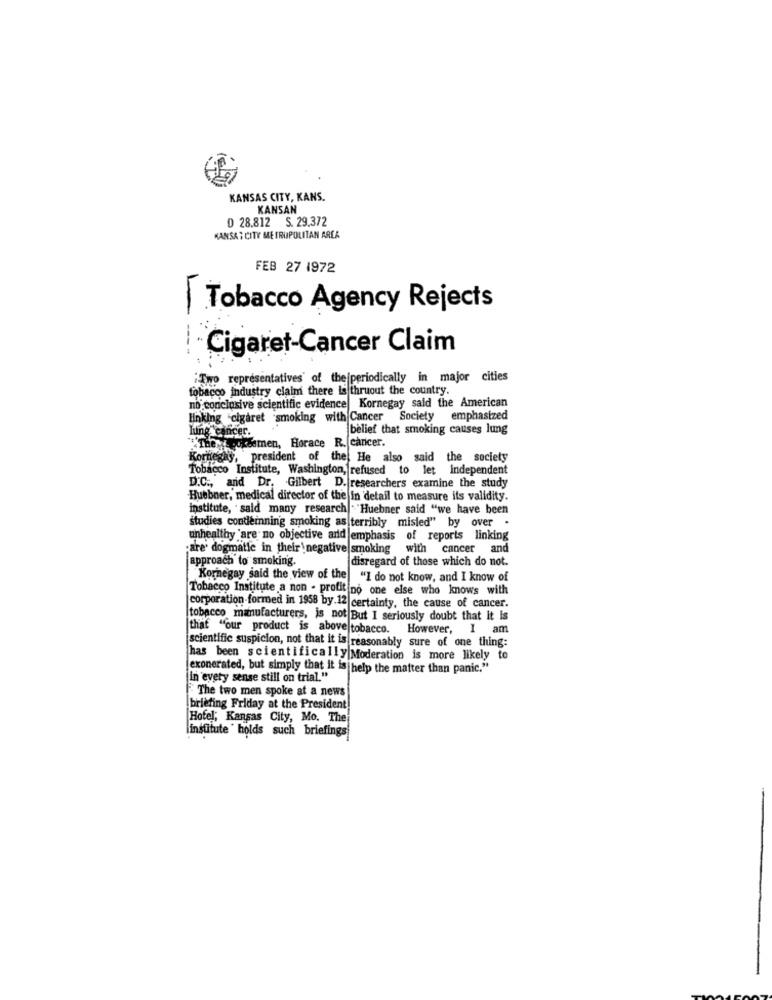
KANSAS CITY, KANS.
KANSAN
D 28.812 S. 29.372
KANSAS CITY ME FRUPOLITAN AREA
FEB 27 1972
Tobacco Agency Rejects
Cigaret-Cancer Claim
"Two representatives' of the periodically in major cities
tobacco industry claim there is thruout the country.
no conclusive scientific evidence Kornegay said the American
linking "cigaret smoking with Cancer Society emphasized
Lung cancer.
belief that smoking causes lung
The roksamen, Horace R. cancer.
Korneghy, president of the He also said the society
Tobacco Institute, Washington, refused to let independent
D.C ., and Dr. Gilbert D. researchers examine the study
Huebner, medical director of the In detail to measure its validity.
institute, said many research . Huebner said "we have been
studies condemning smoking as terribly misled" by over .
unhealthy 'are no objective and emphasis of reports linking
pare' dogmatle in their'negative smoking with cancer and
approach to smoking.
disregard of those which do not.
Kornegay said the view of the| "I do not know, and I know of
Tobacco Institute a non - profit no one else who knows with
corporation-formed in 1958 by.12 certainty, the cause of cancer.
tobacco manufacturers, is not But I seriously doubt that it is
that "our product is above tobacco. However, I am
scientific suspicion, not that it is reasonably sure of one thing:
has been scientifically Moderation is more likely to
exonerated, but simply that it is help the matter than panic."
in every sense still on trial."
The two men spoke at a news
briefing Friday at the President
Hotel, Kansas City, Mo. The
l'institute ' holds such briefings